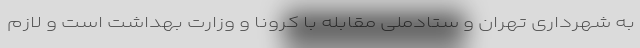
به شهرداری تهران و ستادملی مقابله با کرونا و وزارت بهداشت است و لازم